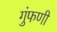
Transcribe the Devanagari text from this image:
गुंफणी